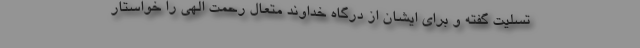
تسلیت گفته و برای ایشان از درگاه خداوند متعال رحمت الهی را خواستار